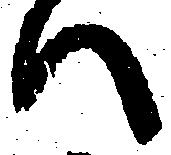
い